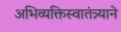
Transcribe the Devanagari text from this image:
अभिव्यक्तिस्वातंत्र्याने